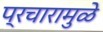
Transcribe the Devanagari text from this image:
प्रचारामुळे